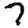
Digit: 7